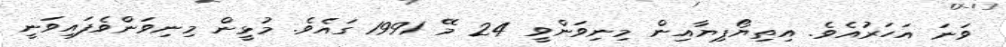
ވަނަ އަހަރުއެވެ. އިތިޔޯޕިޔާއިން މިނިވަންވީ 24 މޭ 1991 ގައެވެ. މުޅީން މިނިވަންވެފައިވަނީ